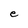
Character: e